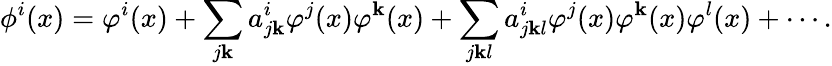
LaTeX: \phi^{i}(x)=\varphi^{i}(x)+\sum_{j\mathbf{k}}a_{j\mathbf{k}}^{i}\varphi^{j}(x)\varphi^{\mathbf{k}}(x)+\sum_{j\mathbf{k}l}a_{j\mathbf{k}l}^{i}\varphi^{j}(x)\varphi^{\mathbf{k}}(x)\varphi^{l}(x)+\cdots.